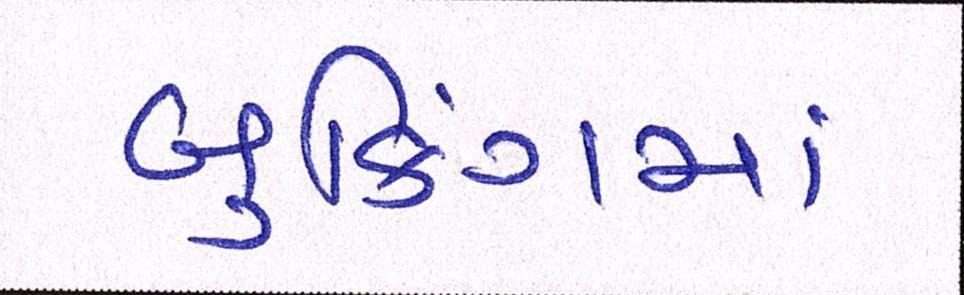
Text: બુકિંગમાં